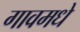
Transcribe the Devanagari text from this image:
गावमधे